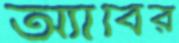
অ্যাবির